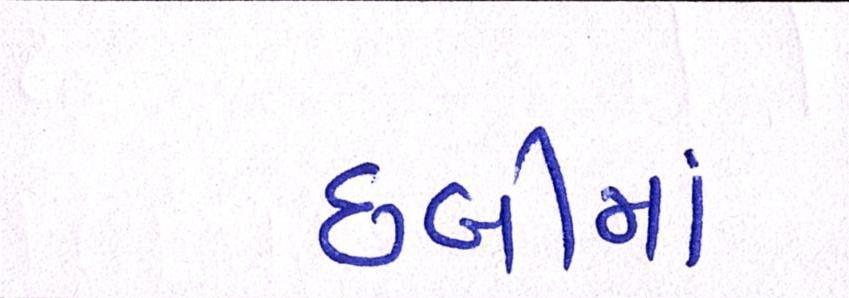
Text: છબીમાં